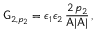
\mathsf { G } _ { 2 , p _ { 2 } } = \epsilon _ { 1 } \epsilon _ { 2 } \, \frac { 2 \, p _ { 2 } } { \mathsf { A } | \mathsf { A } | } \, ,